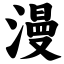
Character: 漫